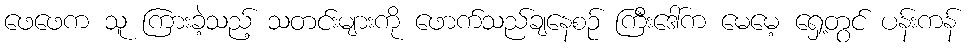
ဖေဖေက သူ ကြားခဲ့သည့် သတင်းများကို ဖောက်သည်ချနေစဉ် ကြီးဒေါ်က မေမေ့ ရှေ့တွင် ပန်းကန်